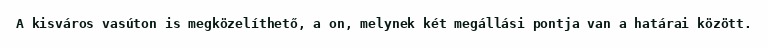
A kisváros vasúton is megközelíthető, a on, melynek két megállási pontja van a határai között.